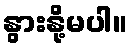
နွားနို့မပါ။